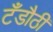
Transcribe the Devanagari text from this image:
टँडौठी